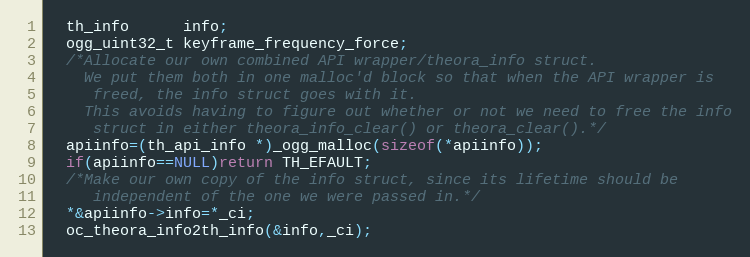
Language: C
  th_info      info;
  ogg_uint32_t keyframe_frequency_force;
  /*Allocate our own combined API wrapper/theora_info struct.
    We put them both in one malloc'd block so that when the API wrapper is
     freed, the info struct goes with it.
    This avoids having to figure out whether or not we need to free the info
     struct in either theora_info_clear() or theora_clear().*/
  apiinfo=(th_api_info *)_ogg_malloc(sizeof(*apiinfo));
  if(apiinfo==NULL)return TH_EFAULT;
  /*Make our own copy of the info struct, since its lifetime should be
     independent of the one we were passed in.*/
  *&apiinfo->info=*_ci;
  oc_theora_info2th_info(&info,_ci);